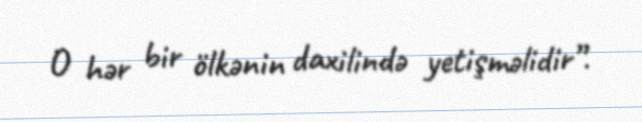
O hər bir ölkənin daxilində yetişməlidir”.